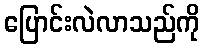
ပြောင်းလဲလာသည်ကို